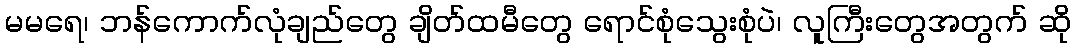
မမရေ၊ ဘန်ကောက်လုံချည်တွေ ချိတ်ထမီတွေ ရောင်စုံသွေးစုံပဲ၊ လူကြီးတွေအတွက် ဆို